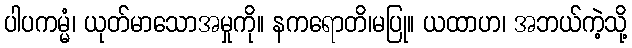
ပါပကမ္မံ၊ ယုတ်မာသောအမှုကို။ နကရောတိ၊မပြု။ ယထာဟ၊ အဘယ်ကဲ့သို့